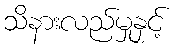
သိနားလည်မှုနှင့်